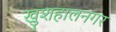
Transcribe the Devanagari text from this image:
खुशहालनगर